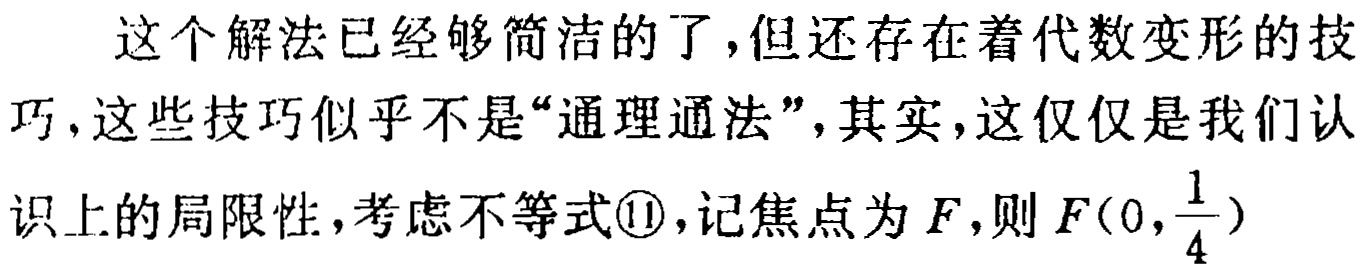
这个解法已经够简洁的了,但还存在着代数变形的技巧,这些技巧似乎不是“通理通法”,其实,这仅仅是我们认识上的局限性,考虑不等式\textcircled{1},记焦点为\(F\),则\(F(0,\frac{1}{4})\)